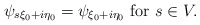
\begin{align*}\psi_{s \xi_0 + i \eta_0} = \psi_{\xi_0 + i \eta_0 } \mbox{ for } s \in V.\end{align*}